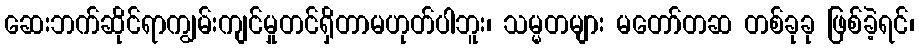
ဆေးဘက်ဆိုင်ရာကျွမ်းကျင်မှုတင်ရှိတာမဟုတ်ပါဘူး၊ သမ္မတများ မတော်တဆ တစ်ခုခု ဖြစ်ခဲ့ရင်၊